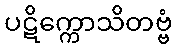
ပဋိက္ကောသိတဗ္ဗံ